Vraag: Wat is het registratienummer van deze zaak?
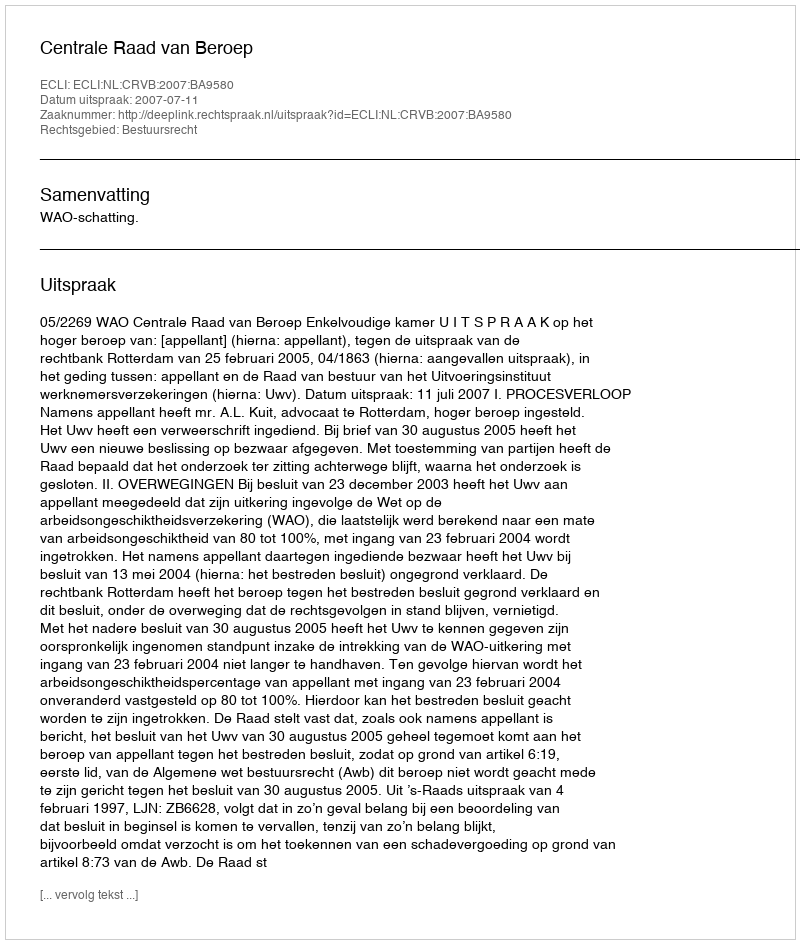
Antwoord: http://deeplink.rechtspraak.nl/uitspraak?id=ECLI:NL:CRVB:2007:BA9580